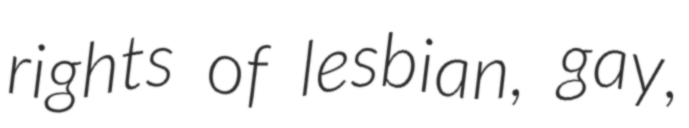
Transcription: rights of lesbian, gay,